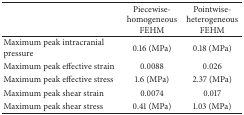
<table><thead><tr><td><b> </b></td><td><b>Piecewise-homogeneous FEHM</b></td><td><b>Pointwise-heterogeneous FEHM</b></td></tr></thead><tbody><tr><td>Maximum peak intracranial pressure</td><td>0.16 (MPa)</td><td>0.18 (MPa)</td></tr><tr><td>Maximum peak effective strain</td><td>0.0088</td><td>0.026</td></tr><tr><td>Maximum peak effective stress</td><td>1.6 (MPa)</td><td>2.37 (MPa)</td></tr><tr><td>Maximum peak shear strain</td><td>0.0074</td><td>0.017</td></tr><tr><td>Maximum peak shear stress</td><td>0.41 (MPa)</td><td>1.03 (MPa)</td></tr></tbody></table>